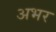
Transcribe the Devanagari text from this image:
अभर